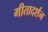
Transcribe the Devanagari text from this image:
गीतादर्शन